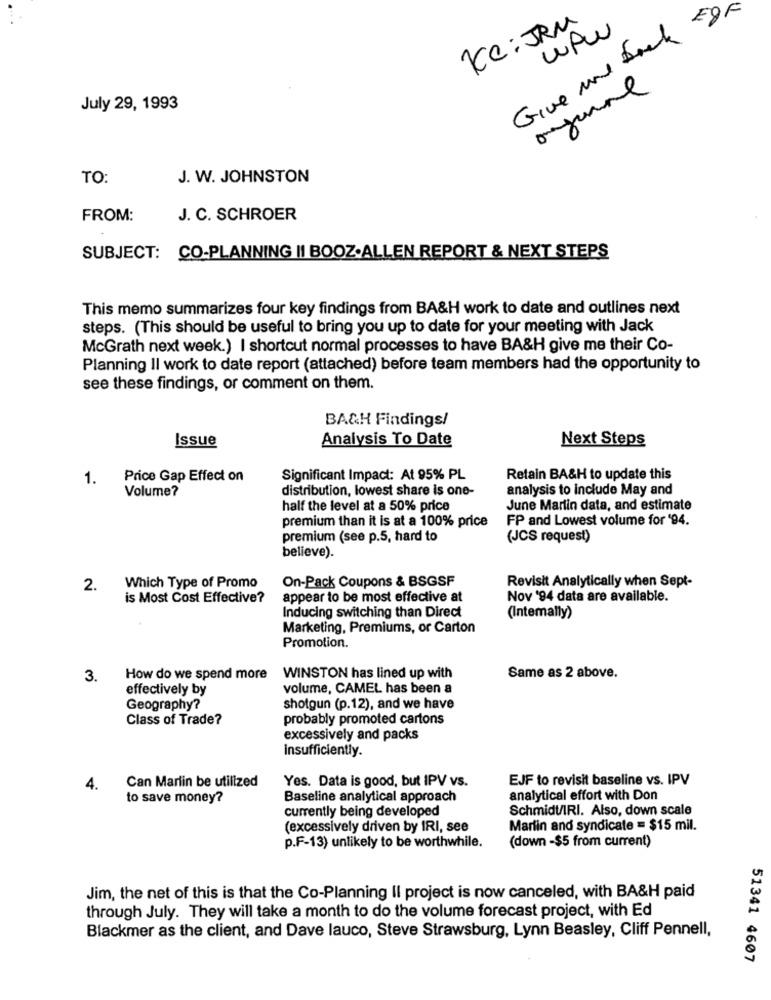
Ke : JRM
wow
Give and back
July 29, 1993
TO:
J. W. JOHNSTON
FROM:
J. C. SCHROER
SUBJECT: CO-PLANNING II BOOZ.ALLEN REPORT & NEXT STEPS
This memo summarizes four key findings from BA&H work to date and outlines next
steps. (This should be useful to bring you up to date for your meeting with Jack
McGrath next week.) I shortcut normal processes to have BA&H give me their Co-
Planning II work to date report (attached) before team members had the opportunity to
see these findings, or comment on them.
BA&H Findings/
Issue
Analysis To Date
Next Steps
1.
Price Gap Effect on
Significant Impact: At 95% PL
Retain BA&H to update this
Volume?
distribution, lowest share is one-
analysis to include May and
half the level at a 50% price
June Martin data, and estimate
premium than it is at a 100% price
FP and Lowest volume for '94.
premium (see p.5, hard to
(JCS request)
believe).
Revisit Analytically when Sept-
2.
Which Type of Promo
On-Pack Coupons & BSGSF
is Most Cost Effective?
appear to be most effective at
Nov '94 data are available.
Inducing switching than Direct
(Intemally)
Marketing, Premiums, or Carton
Promotion.
3.
How do we spend more
WINSTON has lined up with
Same as 2 above.
effectively by
volume, CAMEL has been a
Geography?
shotgun (p.12), and we have
Class of Trade?
probably promoted cartons
excessively and packs
Insufficiently.
Yes. Data is good, but IPV vs.
EJF to revisit baseline vs. IPV
4.
Can Marlin be utilized
to save money?
Baseline analytical approach
analytical effort with Don
currently being developed
Schmidt/IRI. Also, down scale
(excessively driven by IRI, see
Martin and syndicate = $15 mil.
(down -$5 from current)
p.F-13) unlikely to be worthwhile.
Jim, the net of this is that the Co-Planning Il project is now canceled, with BA&H paid
through July. They will take a month to do the volume forecast project, with Ed
Blackmer as the client, and Dave lauco, Steve Strawsburg, Lynn Beasley, Cliff Pennell,
51341 4607